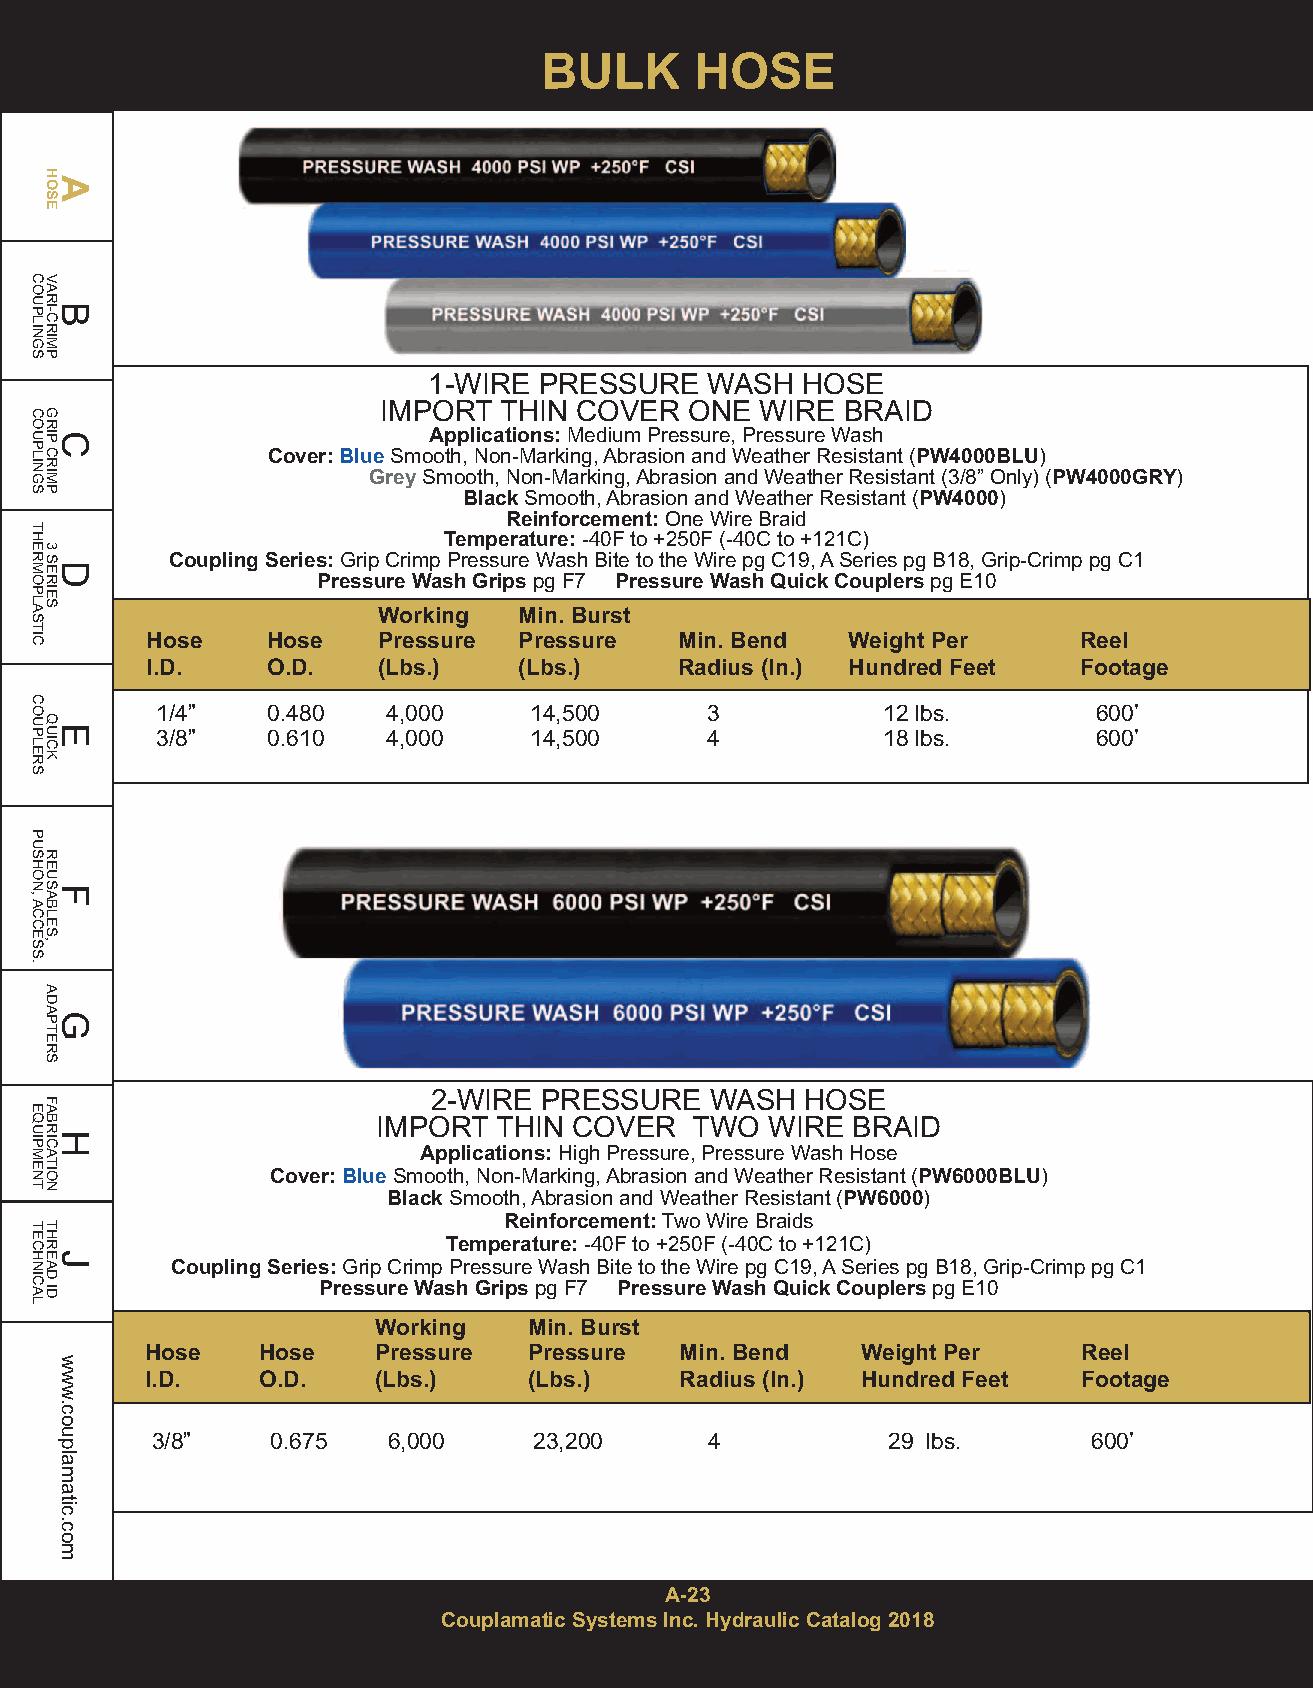
BULK      HOSE
 1-WIRE  PRESSURE   WASH  HOSE
 IMPORT  THIN COVER   ONE WIRE  BRAID
 Applications:Medium Pressure, Pressure Wash
 Cover:BlueSmooth, Non-Marking, Abrasion and Weather Resistant (PW4000BLU)
 GreySmooth, Non-Marking, Abrasion and Weather Resistant (3/8” Only) (PW4000GRY)
 BlackSmooth, Abrasion and Weather Resistant (PW4000)
 Reinforcement:One Wire Braid
 Temperature:-40F to +250F (-40C to +121C)
 Coupling Series:Grip Crimp Pressure Wash Bite to the Wire pg C19, A Series pg B18, Grip-Crimp pg C1
 Pressure Wash Gripspg F7 Pressure Wash Quick Couplerspg E10
 Working  Min. Burst
 Hose    Hose   Pressure Pressure   Min. Bend  Weight Per     Reel
 I.D.    O.D.   (Lbs.)   (Lbs.)     Radius (In.) Hundred Feet Footage
 1/4”    0.480   4,000    14,500      3          12 lbs.        600’
 3/8”    0.610   4,000    14,500      4          18 lbs.        600’
 2-WIRE PRESSURE   WASH  HOSE
 IMPORT  THIN COVER   TWO  WIRE BRAID
 Applications:High Pressure, Pressure Wash Hose
 Cover:BlueSmooth, Non-Marking, Abrasion and Weather Resistant (PW6000BLU)
 BlackSmooth, Abrasion and Weather Resistant (PW6000)
 Reinforcement:Two Wire Braids
 Temperature:-40F to +250F (-40C to +121C)
 Coupling Series:Grip Crimp Pressure Wash Bite to the Wire pg C19, A Series pg B18, Grip-Crimp pg C1
 Pressure Wash Gripspg F7 Pressure Wash Quick Couplerspg E10
 Working   Min. Burst
 Hose   Hose    Pressure  Pressure  Min. Bend   Weight Per     Reel
 I.D.   O.D.    (Lbs.)    (Lbs.)    Radius (In.) Hundred Feet  Footage
 3/8”    0.675   6,000    23,200      4           29 lbs.      600’
 A-23
 Couplamatic Systems Inc. Hydraulic Catalog 2018
 COUPLINGS
 COUPLINGS
 THERMOPLASTIC
 COUPLERS
 PUSHON,ACCESS.
 EQUIPMENT
 TECHNICAL
 HAOSE
 VARBI-CRIMP
 GRICP
 CRIMP
 3
 SDERIES
 QEUICK
 REUSFABLES,
 ADAGPTERS
 FABRHICATION
 THREJAD
 ID
 www.couplamatic.com